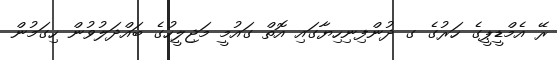
ރޭ އެމްޑީޕީގެ ހަރުގެ ގ ދުންފިނިހިޔާގައި އޮތް ގައުމީ މަޖިލީހުގެ ބައްދަލުވުން ހިގަމުން